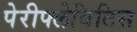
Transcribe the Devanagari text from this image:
पेरीफ्लेबिटिस